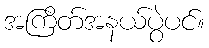
အကြိတ်အနယ်ပွဲပင်။